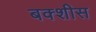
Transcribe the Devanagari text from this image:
बक्शीस